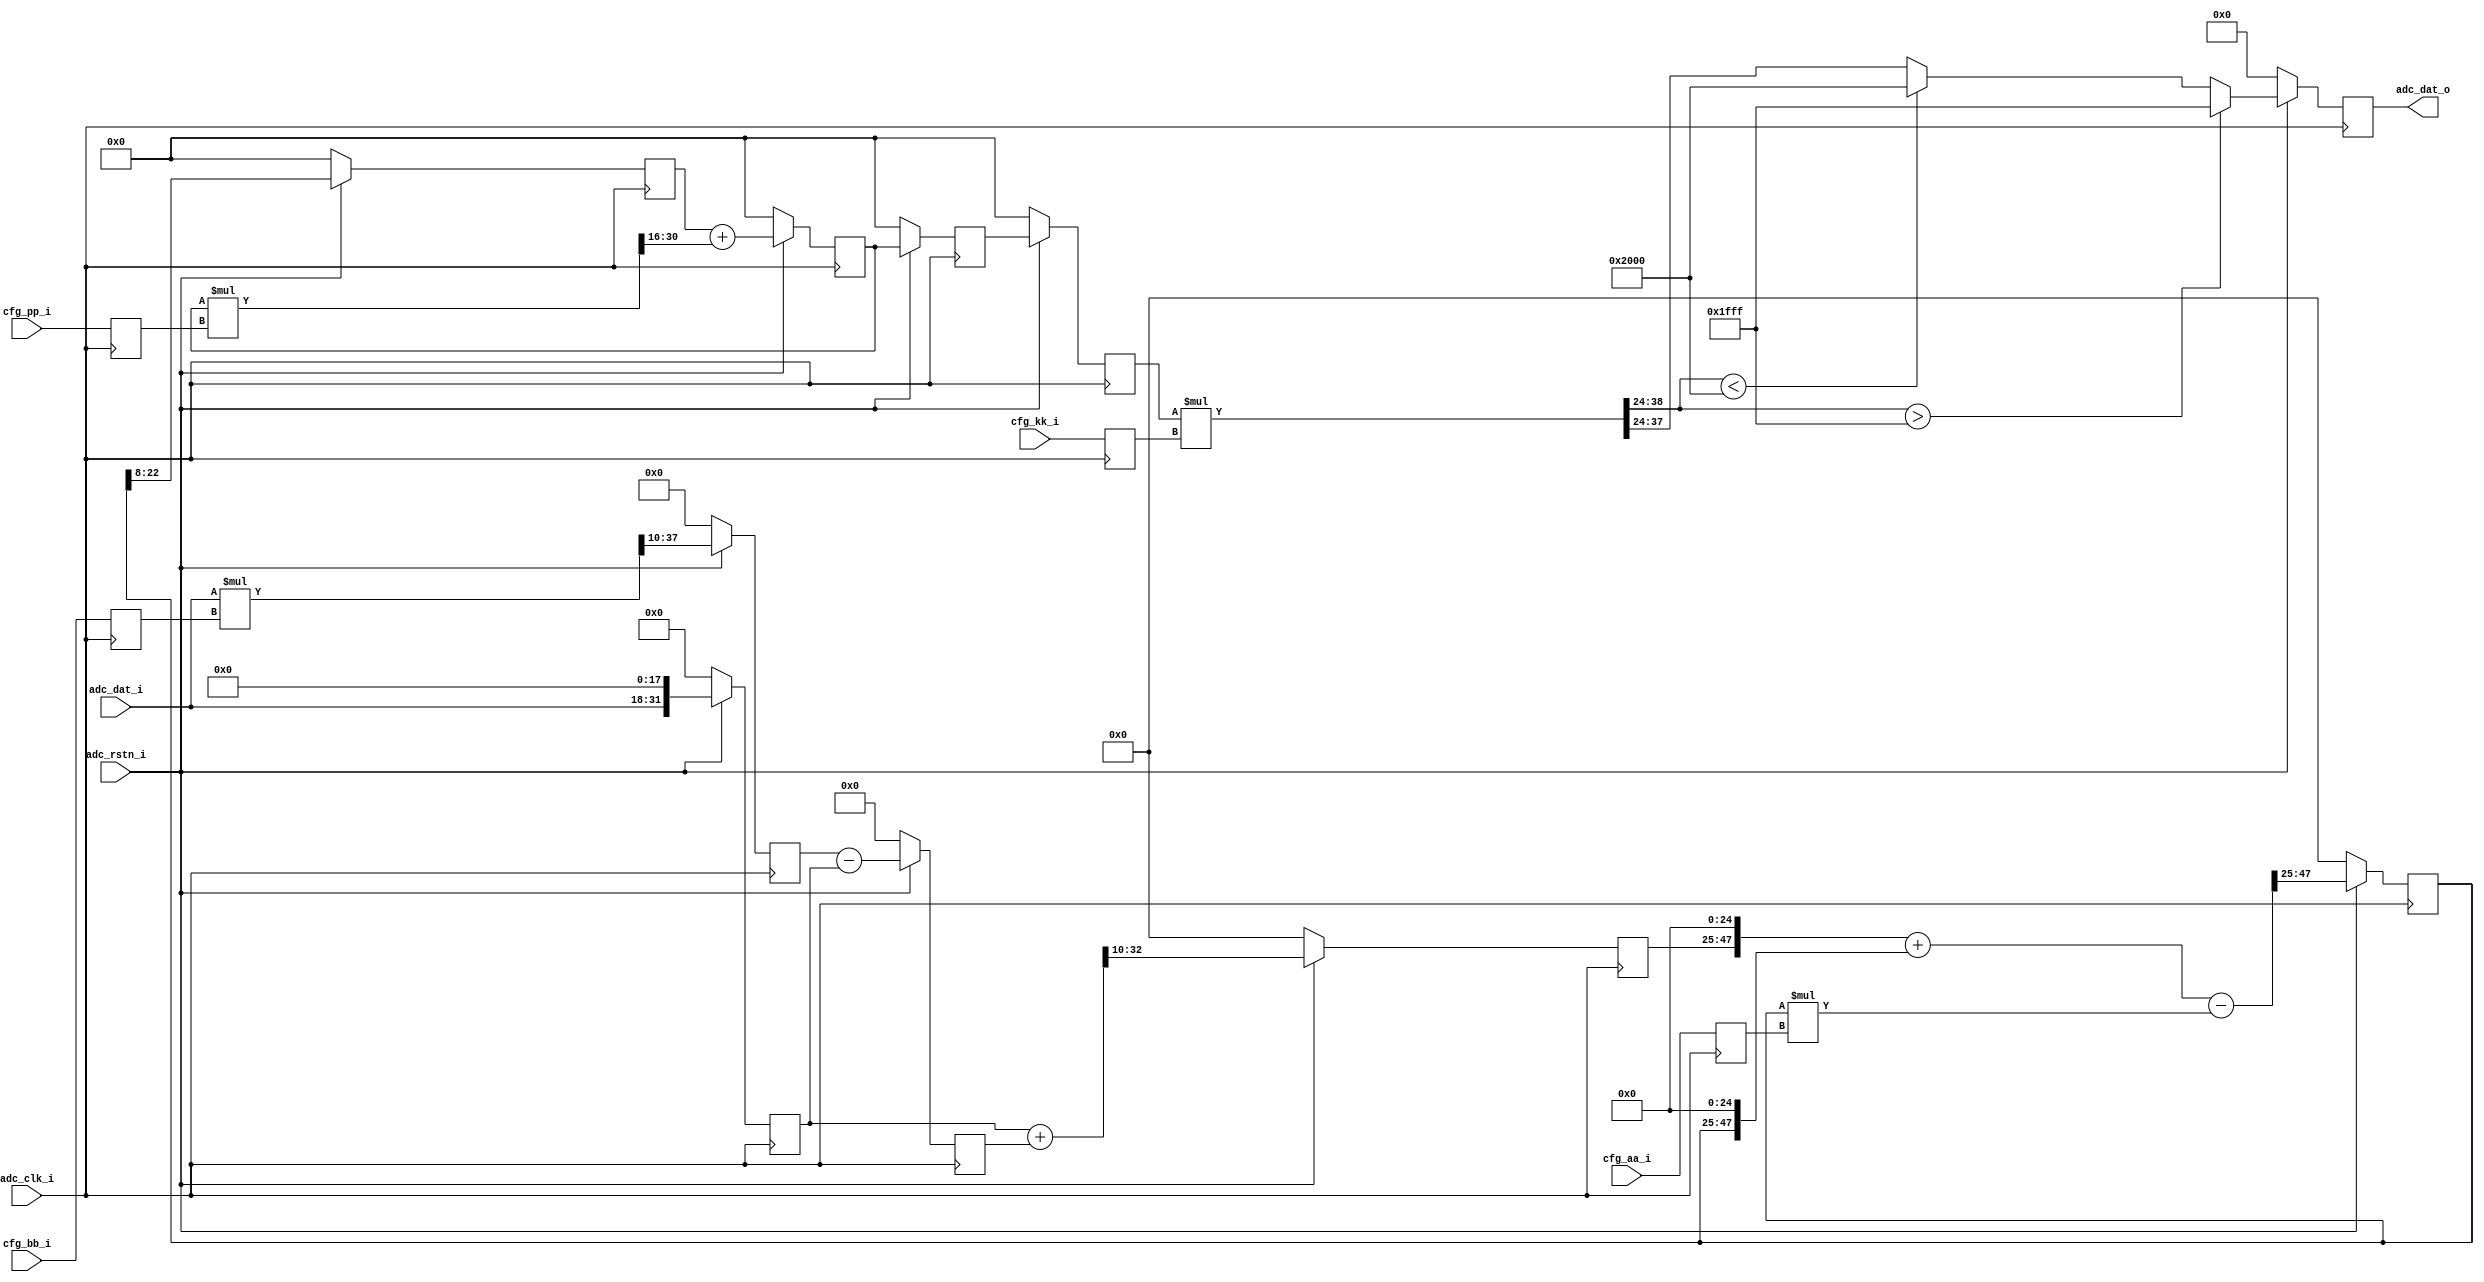
module red_pitaya_dfilt1
(
   // ADC
   input                 adc_clk_i       ,  //!< ADC clock
   input                 adc_rstn_i      ,  //!< ADC reset - active low
   input      [ 14-1: 0] adc_dat_i       ,  //!< ADC data
   output     [ 14-1: 0] adc_dat_o       ,  //!< ADC data

   // configuration
   input      [ 18-1: 0] cfg_aa_i        ,  //!< config AA coefficient
   input      [ 25-1: 0] cfg_bb_i        ,  //!< config BB coefficient
   input      [ 25-1: 0] cfg_kk_i        ,  //!< config KK coefficient
   input      [ 25-1: 0] cfg_pp_i           //!< config PP coefficient
);



//---------------------------------------------------------------------------------
//  register configuration - timing improvements

reg  [ 18-1: 0] cfg_aa_r  ;
reg  [ 25-1: 0] cfg_bb_r  ;
reg  [ 25-1: 0] cfg_kk_r  ;
reg  [ 25-1: 0] cfg_pp_r  ;

always @(posedge adc_clk_i) begin
   cfg_aa_r <= cfg_aa_i ;
   cfg_bb_r <= cfg_bb_i ;
   cfg_kk_r <= cfg_kk_i ;
   cfg_pp_r <= cfg_pp_i ;
end





//---------------------------------------------------------------------------------
//  FIR

wire [ 39-1: 0] bb_mult   ;
wire [ 33-1: 0] r2_sum    ;
reg  [ 33-1: 0] r1_reg    ;
reg  [ 23-1: 0] r2_reg    ;
reg  [ 32-1: 0] r01_reg   ;
reg  [ 28-1: 0] r02_reg   ;


assign bb_mult = $signed(adc_dat_i) * $signed(cfg_bb_r);
assign r2_sum  = $signed(r01_reg) + $signed(r1_reg);

always @(posedge adc_clk_i) begin
   if (adc_rstn_i == 1'b0) begin
      r1_reg  <= 33'h0 ;
      r2_reg  <= 23'h0 ;
      r01_reg <= 32'h0 ;
      r02_reg <= 28'h0 ;
   end
   else begin
      r1_reg  <= $signed(r02_reg) - $signed(r01_reg) ;
      r2_reg  <= r2_sum[33-1:10];
      r01_reg <= {adc_dat_i,18'h0};
      r02_reg <= bb_mult[39-2:10];
   end
end



//---------------------------------------------------------------------------------
//  IIR 1

wire [ 41-1: 0] aa_mult   ;
wire [ 49-1: 0] r3_sum    ; //24 + 25
(* use_dsp48="yes" *)
reg  [ 23-1: 0] r3_reg    ;


assign aa_mult = $signed(r3_reg) * $signed(cfg_aa_r);
assign r3_sum  = $signed({r2_reg,25'h0}) + $signed({r3_reg,25'h0}) - $signed(aa_mult[41-1:0]);

always @(posedge adc_clk_i) begin
   if (adc_rstn_i == 1'b0) begin
      r3_reg  <= 23'h0 ;
   end
   else begin
      r3_reg  <= r3_sum[49-2:25] ;
   end
end



//---------------------------------------------------------------------------------
//  IIR 2

wire [ 40-1: 0] pp_mult   ;
wire [ 16-1: 0] r4_sum    ;
reg  [ 15-1: 0] r4_reg    ;
reg  [ 15-1: 0] r3_shr    ;


assign pp_mult = $signed(r4_reg) * $signed(cfg_pp_r);
assign r4_sum  = $signed(r3_shr) + $signed(pp_mult[40-2:16]);

always @(posedge adc_clk_i) begin
   if (adc_rstn_i == 1'b0) begin
      r3_shr <= 15'h0 ;
      r4_reg <= 15'h0 ;
   end
   else begin
      r3_shr <= r3_reg[23-1:8] ;
      r4_reg <= r4_sum[16-2:0] ;
   end
end




//---------------------------------------------------------------------------------
//  Scaling

wire [ 40-1: 0] kk_mult   ;
reg  [ 15-1: 0] r4_reg_r  ;
reg  [ 15-1: 0] r4_reg_rr ;
reg  [ 14-1: 0] r5_reg    ;


assign kk_mult = $signed(r4_reg_rr) * $signed(cfg_kk_r);

always @(posedge adc_clk_i) begin
   if (adc_rstn_i == 1'b0) begin
      r4_reg_r  <= 15'h0 ;
      r4_reg_rr <= 15'h0 ;
      r5_reg    <= 14'h0 ;
   end
   else begin
      r4_reg_r  <= r4_reg   ;
      r4_reg_rr <= r4_reg_r ;

      if ($signed(kk_mult[40-2:24]) > $signed(14'h1FFF))
         r5_reg <= 14'h1FFF ;
      else if ($signed(kk_mult[40-2:24]) < $signed(14'h2000))
         r5_reg <= 14'h2000 ;
      else
         r5_reg <= kk_mult[24+14-1:24];
   end
end

assign adc_dat_o = r5_reg ;





endmodule